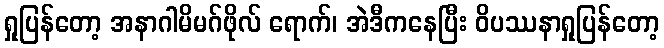
ရှုပြန်တော့ အနာဂါမိမဂ်ဖိုလ် ရောက်၊ အဲဒီကနေပြီး ဝိပဿနာရှုပြန်တော့